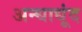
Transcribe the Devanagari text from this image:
अन्धाधूंद